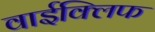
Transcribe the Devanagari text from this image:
वाईक्लिफ